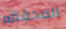
المحققه